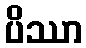
ပိဿာ